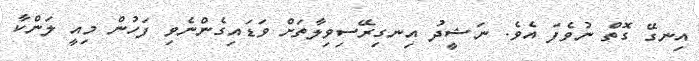
އިނގޭ ގޮތް ނުވެފަ އެވެ. ނަޝީދު އިނގިރޭސިވިލާތަށް ވަޑައިގެންނެވި ފަހުން މިއީ ލަންކާ